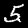
Label: 5